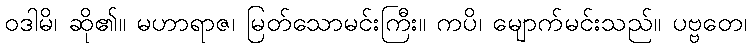
ဝဒါမိ၊ ဆို၏။ မဟာရာဇ၊ မြတ်သောမင်းကြီး။ ကပိ၊ မျောက်မင်းသည်။ ပဗ္ဗတေ၊